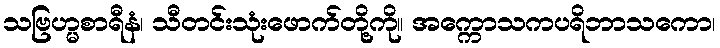
သဗြဟ္မစာရီနံ၊ သီတင်းသုံးဖောက်တို့ကို။ အက္ကောသကပရိဘာသကော၊